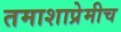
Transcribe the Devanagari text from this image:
तमाशाप्रेमीच